system: You are a helpful assistant.
user:
Analyze the provided spectrum to determine if it is a **M-type Giant (gM)**.

A M-type Giant spectrum is defined by its **strong molecular absorption** features, particularly from **Titanium Oxide (TiO)**. You must check for one of the following mutually exclusive signatures:

- **Key Visual Indicators (Absorption-Dominated Spectrum):**

    - **(Primary):** The spectrum is dominated by strong molecular absorption from **Titanium Oxide (TiO)**. This is the **defining feature** of its M-type temperature class.
        - **(Key Bandheads):** Look for sharp, "saw-tooth" absorption valleys. The strongest are located near **~7050 Å**, **~6160 Å**, and **~5170 Å**.
        - **(Line Profile):** The "saw-tooth" morphology is critical: a **sharp, steep drop on the BLUE (short-wavelength) side** of the bandhead, followed by a gradual recovery (rising flux) towards the RED (long-wavelength) side.

    - **(Key Confirmation - Giant vs. Dwarf):** **ABSENCE** of strong **Calcium Hydride (CaH)** molecular bands. This is the primary diagnostic for *excluding* M-dwarfs.
        - **(Key Region):** The spectrum should lack the strong, broad absorption band seen in dwarfs between **~6800 Å and ~7000 Å**.

    - **(Secondary Confirmation - Giant):** A very strong and broad **Neutral Calcium (Ca I)** atomic absorption line.
        - **(Key Line):** Located at **~4226 Å**. In a giant (gM), this line is significantly deeper and broader than the same line in an M-dwarf (dM) due to low surface gravity.

    - **(Overall Spectrum):**
        - The continuum is **extremely red-sloping** (i.e., flux is very low in the blue and rises dramatically towards the red).
        - The entire spectrum appears "chopped up" by the deep TiO bands.

Think first, call **spectral_visualization_tool** if needed to examine features in detail, then provide your final answer. Your response must adhere to the following strict rules:
1.  **Overall Structure:** Your response must follow the format `<think>...</think> <tool_call>...</tool_call> (if a tool is used) <answer>...</answer>`.
2.  **Tool Usage Constraint:** You may only make **one** tool call per turn.
3.  **Final Answer Format:** In the `<answer>` tag, your conclusion must be inside a `\boxed{}` command (e.g., `\boxed{YES}` or `\boxed{NO}`), followed by your justification.

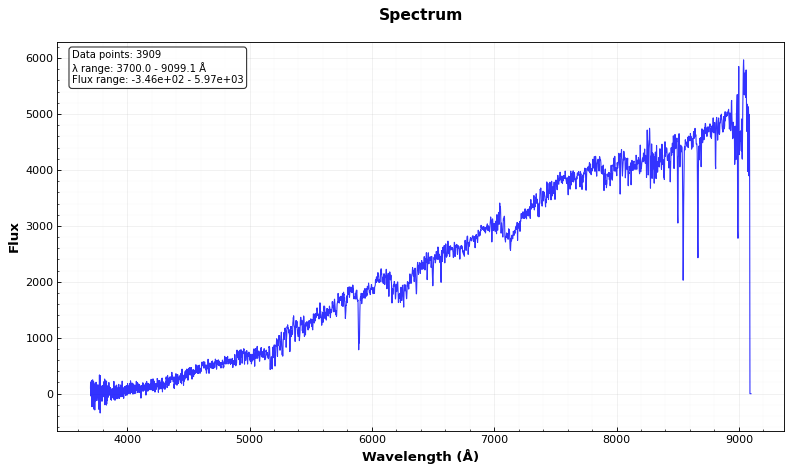
Answer: YES